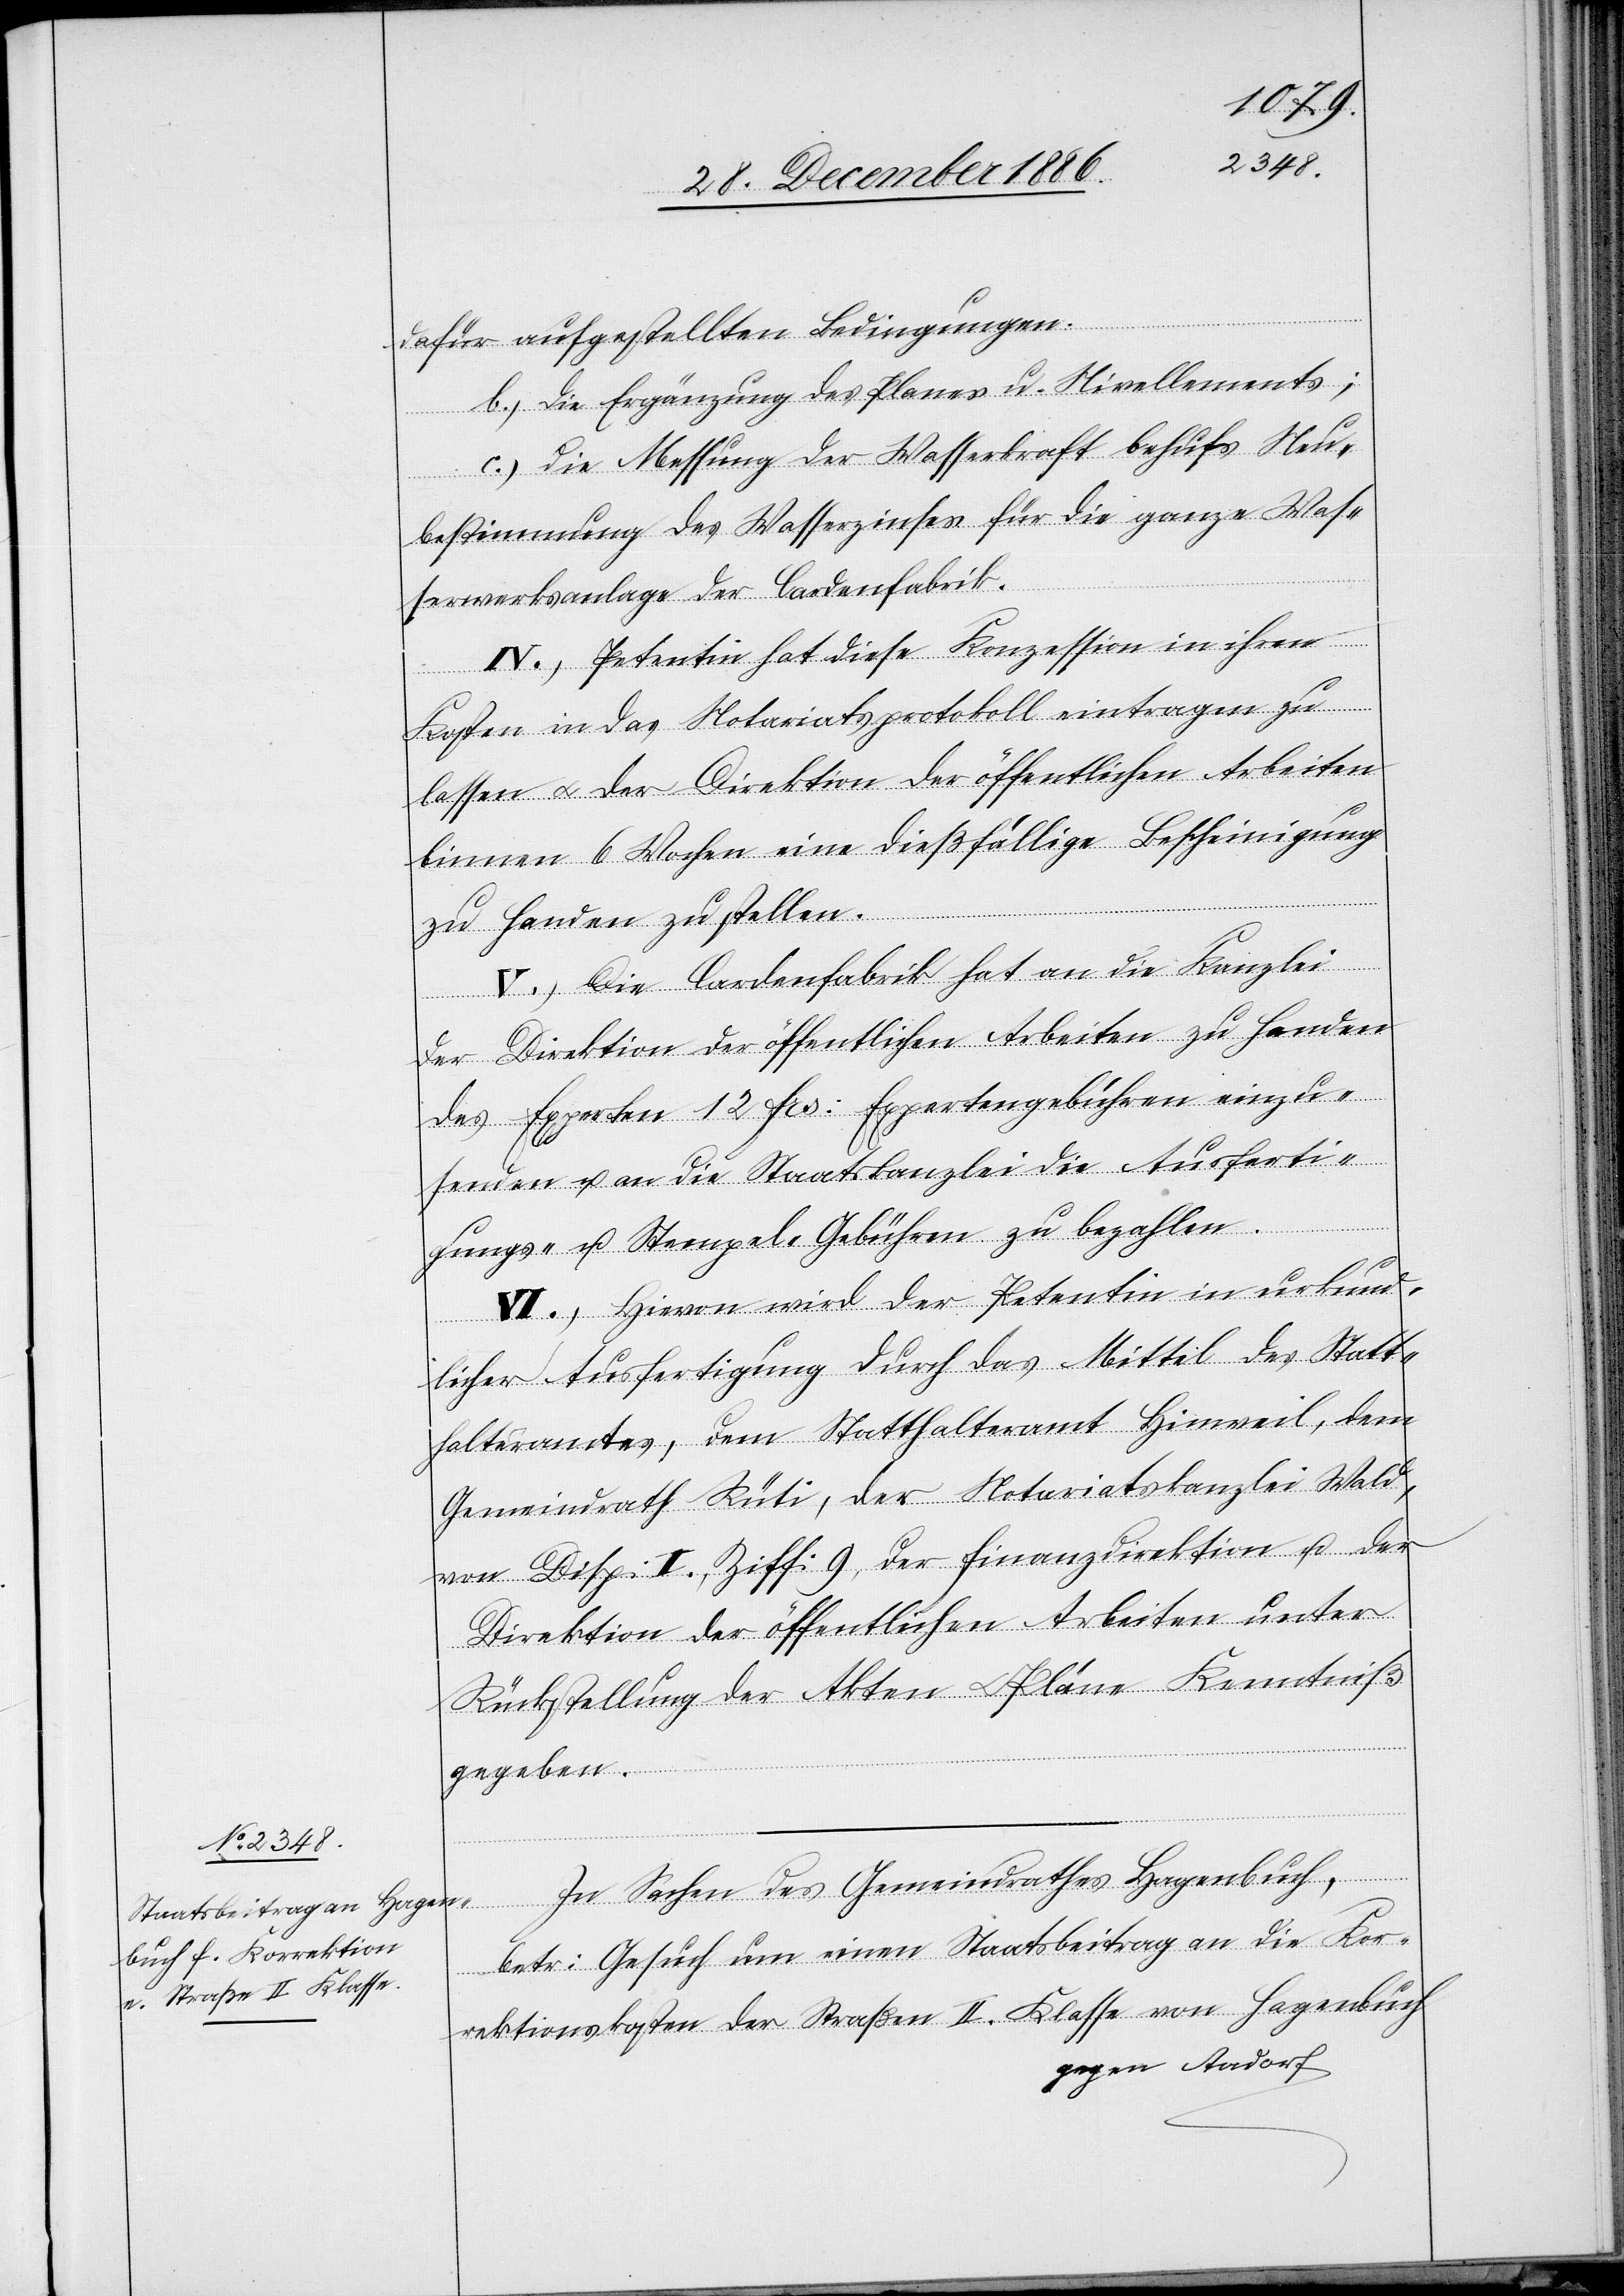
dafür aufgestellten Bedingungen.
b.) die Ergänzung des Planes u. Nivellements;
c.) die Messung der Wasserkraft behufs Neu¬
bestimmung des Wasserzinses für die ganze Was¬
serwerksanlage der Cardenfabrik.
IV.) Petentin hat diese Konzession in ihren
Kosten in das Notariatsprotokoll eintragen zu
lassen & der Direktion der öffentlichen Arbeiten
binnen 6 Wochen eine dießfällige Bescheinigung
zu Handen zu stellen.
V.) Die Cardenfabrik hat an die Kanzlei
der Direktion der öffentlichen Arbeiten zu Handen
des Experten 12 Frs: Expertengebühren einzu¬
senden u. an die Staatskanzlei die Ausferti¬
gungs- u. Stempel-Gebühren zu bezahlen.
VI.) Hievon wird der Petentin in urkund¬
licher Ausfertigung durch das Mittel des Statt¬
halteramtes, dem Statthalteramt Hinweil, dem
Gemeindrath Rüti, der Notariatskanzlei Wald,
von Disp: II., Ziff: 9, der Finanzdirektion u. der
Direktion der öffentlichen Arbeiten unter
Rückstellung der Akten & Pläne Kenntniß
gegeben.
In Sachen des Gemeindrathes Hagenbuch,
betr: Gesuch um einen Staatsbeitrag an die Kor¬
rektionskosten der Straßen II. Klasse von Hagenbuch
gegen Aadorf